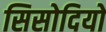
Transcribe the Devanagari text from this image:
सिसोदियो